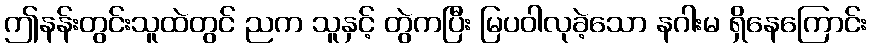
ဤနန်းတွင်းသူထဲတွင် ညက သူနှင့် တွဲကပြီး မြပဝါလုခဲ့သော နဂါးမ ရှိနေကြောင်း